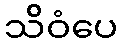
သိဝံပေ